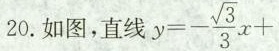
20.如图，直线 $$ y=- \frac{\sqrt{3}}{3}x+$$